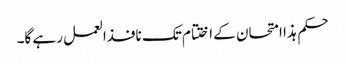
حکم ہذا امتحان کے اختتام تک نافذالعمل رہے گا۔